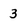
Character: 3